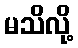
မသိလို့